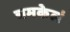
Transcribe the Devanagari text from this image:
चमकेलं